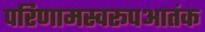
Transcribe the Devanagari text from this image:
परिणामस्वरूपआतंक